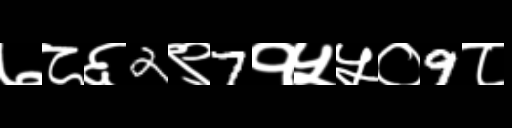
Text: ७८६2९7१५५०9८